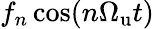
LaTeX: f_{n}\cos(n{\Omega_{\mathrm{u}}}t)